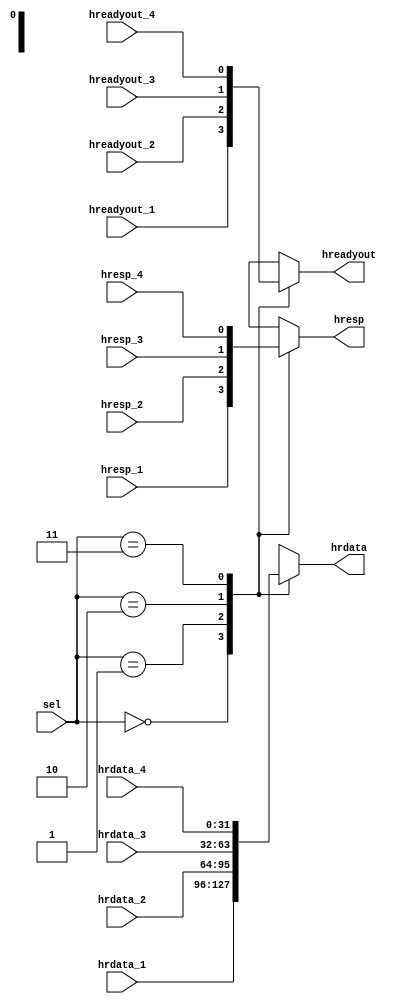
// This program was cloned from: https://github.com/lucky-wfw/ARM_AMBA_Design
// License: GNU General Public License v3.0

//---------------------------------------------------
// Module Name: multiplexor
// The mux select the data from different slave
// Created on 2020-11-2
//---------------------------------------------------

module multiplexor(
  input [31:0] hrdata_1,
  input [31:0] hrdata_2,
  input [31:0] hrdata_3,
  input [31:0] hrdata_4,
  input hreadyout_1,
  input hreadyout_2,
  input hreadyout_3,
  input hreadyout_4,
  input hresp_1,
  input hresp_2,
  input hresp_3,
  input hresp_4,
  input [1:0] sel,
  output reg [31:0] hrdata,
  output reg hreadyout,
  output reg hresp
);

always @(*) begin
  case(sel)
    2'b00: begin
      hrdata = hrdata_1;
      hreadyout = hreadyout_1;
      hresp = hresp_1;
    end
    2'b01: begin
      hrdata = hrdata_2;
      hreadyout = hreadyout_2;
      hresp = hresp_2;
    end
    2'b10: begin
      hrdata = hrdata_3;
      hreadyout = hreadyout_3;
      hresp = hresp_3;
    end
    2'b11: begin
      hrdata = hrdata_4;
      hreadyout = hreadyout_4;
      hresp = hresp_4;
    end
    default: begin
      hrdata = 32'h0000_0000;
      hreadyout = 1'b0;
      hresp = 1'b0;
    end
  endcase
end

endmodule